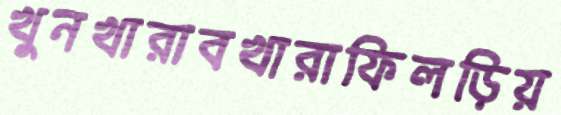
খুনখারাবখারাফিলড়িয়